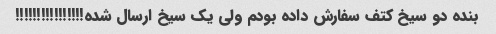
بنده دو سیخ کتف سفارش داده بودم ولی یک سیخ ارسال شده!!!!!!!!!!!!!!!!